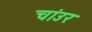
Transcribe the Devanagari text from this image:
चांउर